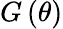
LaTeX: G\left(\theta\right)